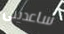
ساعدينى